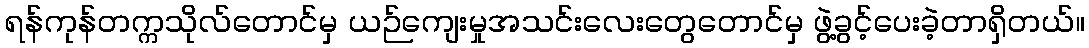
ရန်ကုန်တက္ကသိုလ်တောင်မှ ယဉ်ကျေးမှုအသင်းလေးတွေတောင်မှ ဖွဲ့ခွင့်ပေးခဲ့တာရှိတယ်။